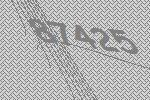
87425